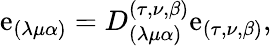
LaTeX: \mathrm{e}_{(\lambda\mu\alpha)}=D_{(\lambda\mu\alpha)}^{(\tau,\nu,\beta)}\mathrm{e}_{(\tau,\nu,\beta)},